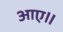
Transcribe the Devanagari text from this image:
आए॥